Vital statistics of India. Vol. IV, Annual returns from 1871 to 1876. British Army of India, Native Army and jails of Bengal
Year: 1871
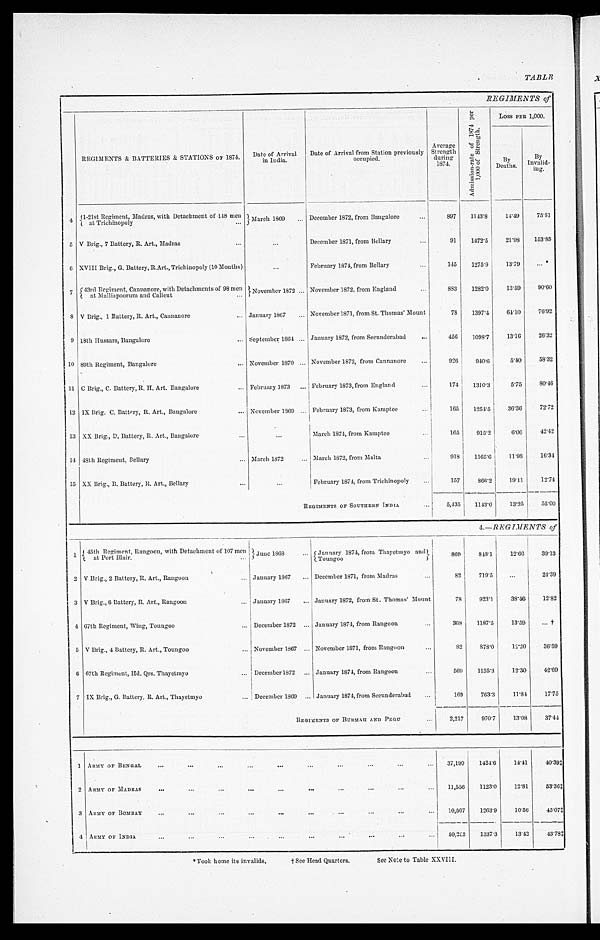
TABLE
REGIMENTS of
REGIMENTS & BATTERIES & STATIONS OF 1874.
Date of Arrival
i n Indi a.
Date of Arrival from Station previously
occupied.
Average
Strength
during
1874.
A d m i s s i o n - r a t e o f 1 8 7 4 p e r 1 , 0 0 0 o f S t r e n g t h .
Loss PER 1,000.
By
Deaths.
By I n v a l i d - i n g .
4 1-21st Regiment, Madras, with Detachment of 148 men
at Trichinopoly . . .
March 1869 . . .
December 1872, from Bangalore . . .
897
1143.8
1 4 . 4 9
75.81
5 V Brig., 7 Battery, R. Art., Madras . . .
. . .
December 1871, from Bellary . . .
91
1472.5
21.98
153.85
6 XVIII Brig., G. Battery, R. Art.,Trichinopoly (10 Mouths)
. . .
F e b r u a r y 1 8 7 4 , f r o m B e l l a r y . . .
145
1975.9
13.79
. . . *
7 43rd Regiment, Cannanore, with Detachments of 98 men
at Malliapoorum and Calicut . . .
November 1872 . . . November 1872, from England . . .
883
1282.0
13.59
90.60
8 V Brig., 1 Battery, R. Art., Cannanore . . . January 1867 . . . November 1871, from St. Thomas' Mount
78
1397.4
64.10
76.92
9 18th Hussars, Bangalore . . . September 1864 . . . January 1872, from Secunderabad . . .
456
1098.7
13.16
26.32
10 89th Regiment, Bangalore . . . November 1870 . . . November 1872, from Cannanore . . .
926
9 4 0 . 6
5.40
58.32
11 C Brig., C. Battery, R. H. Art, Bangalore . . . February 1873 . . . February 1873, from England . . .
174
1310.3
5.75
80.46
12 IX Brig. C. Battery, R. Art., Bangalore . . . November 1869 . . . February 1873, from Kamptee . . .
165
1254.5
36.36
72.72
13 XX Brig., D. Battery, R. Art., Bangalore . . .
. . .
March 1874, from Kamptee . . .
165
915.2
6.06
42.42
14 48th Regiment, Bellary . . . March 1872 . . . March 1872, from Malta . . .
918
1165.6
11.98
16.34
15 XX Brig., B. Battery, R. Art., Bellary . . .
. . .
February 1874, from Trichinopoly . . .
157
866.2
19.11
12.74
REGIMENTS OF SOUTHERN INDIA . . .
5,435
1143.0
13.25
55.00
4.—REGIMENTS of
1
45th Regiment, Rangoon, with Detachment of 107 men
at Port Blair . . .
5 J u n e 1 8 6 8 . . .
January 1874, from Thayetmyo and
Toungoo
869
848.1
12.66
39.13
2 V Brig., 2 Battery, R. Art., Rangoon . . . January 1867 . . . December 1871, from Madras . . .
82
719.5
. . .
24.39
3 V Brig., 6 Battery, R. Art., Rangoon . . . January 1867 . . . January 1872, from St. Thomas' Mount
78
923.1
38.46
12.82
4 67th Regiment, Wing, Toungoo . . . December 1872 . . . January 1874, from Rangoon . . .
368
1187.5
13.59
. . .†
5 V Brig., 4 Battery, R. Art., Toungoo . . . November 1867 . . . November 1871, from Rangoon . . .
82
878.0
12.20
36.59
6 67th Regiment, Hd. Qrs. Thayetmyo . . . December 1872 . . . January 1874, from Rangoon . . .
569
1135.3
12.30
42.69
7 IX Brig., G. Battery, R. Art., Thayetmyo . . . December 1869 . . . January 1874, from Secunderabad
. . .
169
763.3
11.84
17.75
REGIMENTS OF BuRMAH AND PEGU . . .
2,217
970.7
13.08
37.44
1 ARMY OF BENGAL . . .
37,190
1424.6
14.41
40.39‡
2 ARMY OF MADRAS
. . .
11,556
1123.0
12.81
53.36‡
3 ARMY OF BOMBAY . . .
10,507
1263.9
10.56
45.07‡
4 ARMY OF INDIA . . .
59,253
1337.3
13.42
4 3 . 7 8 ‡
* T o o k h o m e i t s i n v a l i d s , † S e e H e a d Q u a r t e r s . S e e N o t e t o T a b l e X X V I I I .